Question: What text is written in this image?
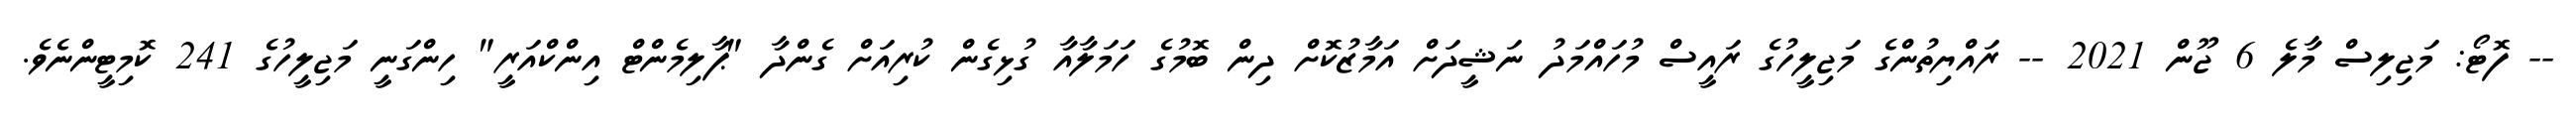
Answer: -- ފޮޓޯ: މަޖިލިސް މާލެ 6 ޖޫން 2021 -- ރައްޔިތުންގެ މަޖިލީހުގެ ރައީސް މުހައްމަދު ނަޝީދަށް އަމާޒުކޮށް ދިން ބޮމުގެ ހަމަލާއާ ގުޅިގެން ކުރިއަށް ގެންދާ "ޕާލިމެންޓް އިންކްއަރީ" ހިންގަނީ މަޖިލީހުގެ 241 ކޮމިޓީންނެވެ.